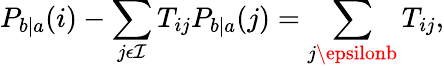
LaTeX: P_{b|a}(i)-\sum_{j\epsilon\mathcal{I}}T_{ij}P_{b|a}(j)=\sum_{j\epsilonb}T_{ij},